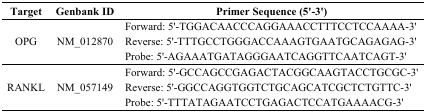
| Target | Genbank ID | Primer Sequence (5'-3') |
 | --- | --- | --- |
 | <ROWSPAN=3> OPG | <ROWSPAN=3> NM_012870 | Forward: 5'-TGGACAACCCAGGAAACCTTTCCTCCAAAA-3' |
 | Reverse: 5'-TTTGCCTGGGACCAAAGTGAATGCAGAGAG-3' |
 | Probe: 5'-AGAAATGATAGGGAATCAGGTTCAATCAGT-3' |
 | <ROWSPAN=3> RANKL | <ROWSPAN=3> NM_057149 | Forward: 5'-GCCAGCCGAGACTACGGCAAGTACCTGCGC-3' |
 | Reverse: 5'-GGCCAGGTGGTCTGCAGCATCGCTCTGTTC-3' |
 | Probe: 5'-TTTATAGAATCCTGAGACTCCATGAAAACG-3' |